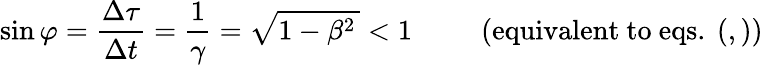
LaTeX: \sin\varphi=\frac{\Delta\tau}{\Delta t}=\frac{1}{\gamma}=\sqrt{1-\beta^{2}\, }<1\qquad\: \: \mathrm{(equivalent\ to\ eqs.\ (,))}